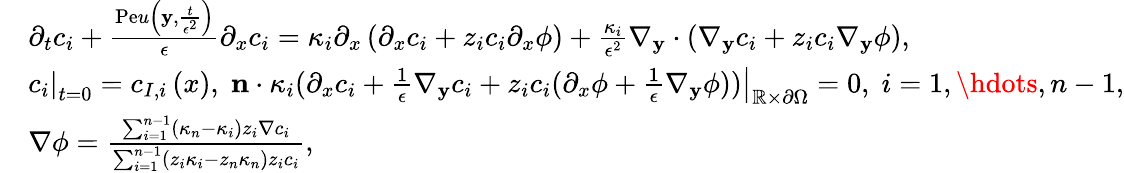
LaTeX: \begin{array}{rl}&{\partial_{t}c_{i}+\frac{\mathrm{Pe}u\left(\mathbf{y},\frac{t}{\epsilon^{2}}\right)}{\epsilon}\partial_{x}c_{i}=\kappa_{i}\partial_{x}\left(\partial_{x}c_{i}+z_{i}c_{i}\partial_{x}\phi\right)+\frac{\kappa_{i}}{\epsilon^{2}}\nabla_{\mathbf{y}}\cdot\left(\nabla_{\mathbf{y}}c_{i}+z_{i}c_{i}\nabla_{\mathbf{y}}\phi\right),}\\ &{\left.c_{i}\right|_{t=0}=c_{I,i}\left(x\right),\; \left.\mathbf{n}\cdot\kappa_{i}(\partial_{x}c_{i}+\frac{1}{\epsilon}\nabla_{\mathbf{y}}c_{i}+z_{i}c_{i}(\partial_{x}\phi+\frac{1}{\epsilon}\nabla_{\mathbf{y}}\phi))\right|_{\mathbb{R}\times\partial\Omega}=0,\; i=1,\hdots,n-1,}\\ &{\nabla\phi=\frac{\sum_{i=1}^{n-1}(\kappa_{n}-\kappa_{i})z_{i}\nabla c_{i}}{\sum_{i=1}^{n-1}(z_{i}\kappa_{i}-z_{n}\kappa_{n})z_{i}c_{i}},}\end{array}